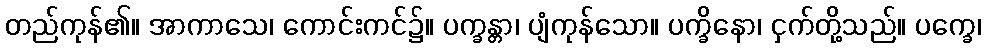
တည်ကုန်၏။ အာကာသေ၊ ကောင်းကင်၌။ ပက္ခန္တာ၊ ပျံကုန်သော။ ပက္ခိနော၊ ငှက်တို့သည်။ ပက္ခေ၊